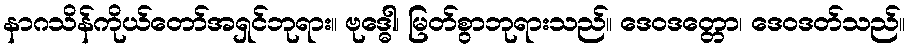
နာဂသိန်ကိုယ်တော်အရှင်ဘုရား။ ဗုဒ္ဓေါ၊ မြတ်စွာဘုရားသည်။ ဒေဝဒတ္တော၊ ဒေဝဒတ်သည်။